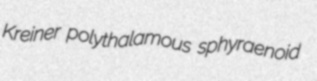
Kreiner polythalamous sphyraenoid